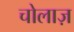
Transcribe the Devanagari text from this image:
चोलाज़